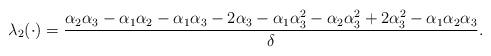
LaTeX: \begin{align*}\lambda_2(\cdot)&= \frac{\alpha_2\alpha_3 - \alpha_1\alpha_2 - \alpha_1\alpha_3 - 2\alpha_3 - \alpha_1\alpha_3^2 - \alpha_2\alpha_3^2 + 2\alpha_3^2 - \alpha_1\alpha_2\alpha_3}{\delta}.\end{align*}